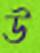
উ